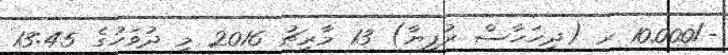
-/10